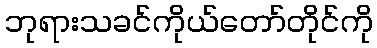
ဘုရားသခင်ကိုယ်တော်တိုင်ကို